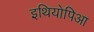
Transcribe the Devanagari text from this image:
इथियोपिआ